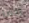
ربما